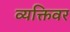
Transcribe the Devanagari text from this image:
व्यक्तिवर